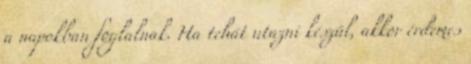
a napokban foglalnak. Ha tehát utazni készül, akkor érdemes